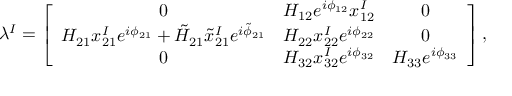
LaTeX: \lambda ^ { I } = \left[ \begin{array} { c c c } { { 0 } } & { { H _ { 1 2 } e ^ { i \phi _ { 1 2 } } x _ { 1 2 } ^ { I } } } & { { 0 } } \\ { { H _ { 2 1 } x _ { 2 1 } ^ { I } e ^ { i \phi _ { 2 1 } } + \tilde { H } _ { 2 1 } \tilde { x } _ { 2 1 } ^ { I } e ^ { i \tilde { \phi } _ { 2 1 } } } } & { { H _ { 2 2 } x _ { 2 2 } ^ { I } e ^ { i \phi _ { 2 2 } } } } & { { 0 } } \\ { { 0 } } & { { H _ { 3 2 } x _ { 3 2 } ^ { I } e ^ { i \phi _ { 3 2 } } } } & { { H _ { 3 3 } e ^ { i \phi _ { 3 3 } } } } \end{array} \right] ,